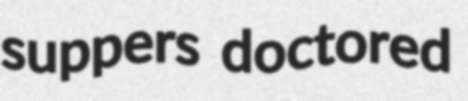
suppers doctored